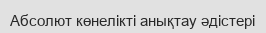
Абсолют көнелiктi анықтау әдістері